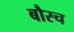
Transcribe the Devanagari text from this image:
बौस्च